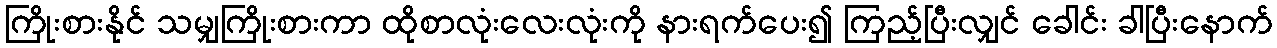
ကြိုးစားနိုင် သမျှကြိုးစားကာ ထိုစာလုံးလေးလုံးကို နားရက်ပေး၍ ကြည့်ပြီးလျှင် ခေါင်း ခါပြီးနောက်